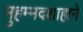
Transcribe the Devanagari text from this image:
मुहम्मदशाहाने